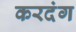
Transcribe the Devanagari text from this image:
करदंग